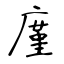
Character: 廑